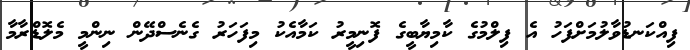
ފިއްކަނޑުވާލުމަށްފަހު އެ ފިލްމުގެ ކާމިޔާބީގެ ފޮނިމީރު ކަމާއެކު މިފަހަރު ގެނެސްދޭން ނިންމީ މެލޮޑްރާމާ